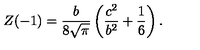
Z ( - 1 ) = \frac { b } { 8 \sqrt { \pi } } \left( \frac { c ^ { 2 } } { b ^ { 2 } } + \frac { 1 } { 6 } \right) .